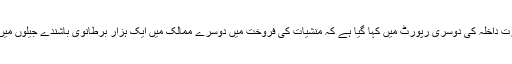
وزارت داخلہ کی دوسری رپورٹ میں کہا گیا ہے کہ منشیات کی فروخت میں دوسرے ممالک میں ایک ہزار برطانوی باشندے جیلوں میں ہیں۔